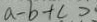
a - b + c >